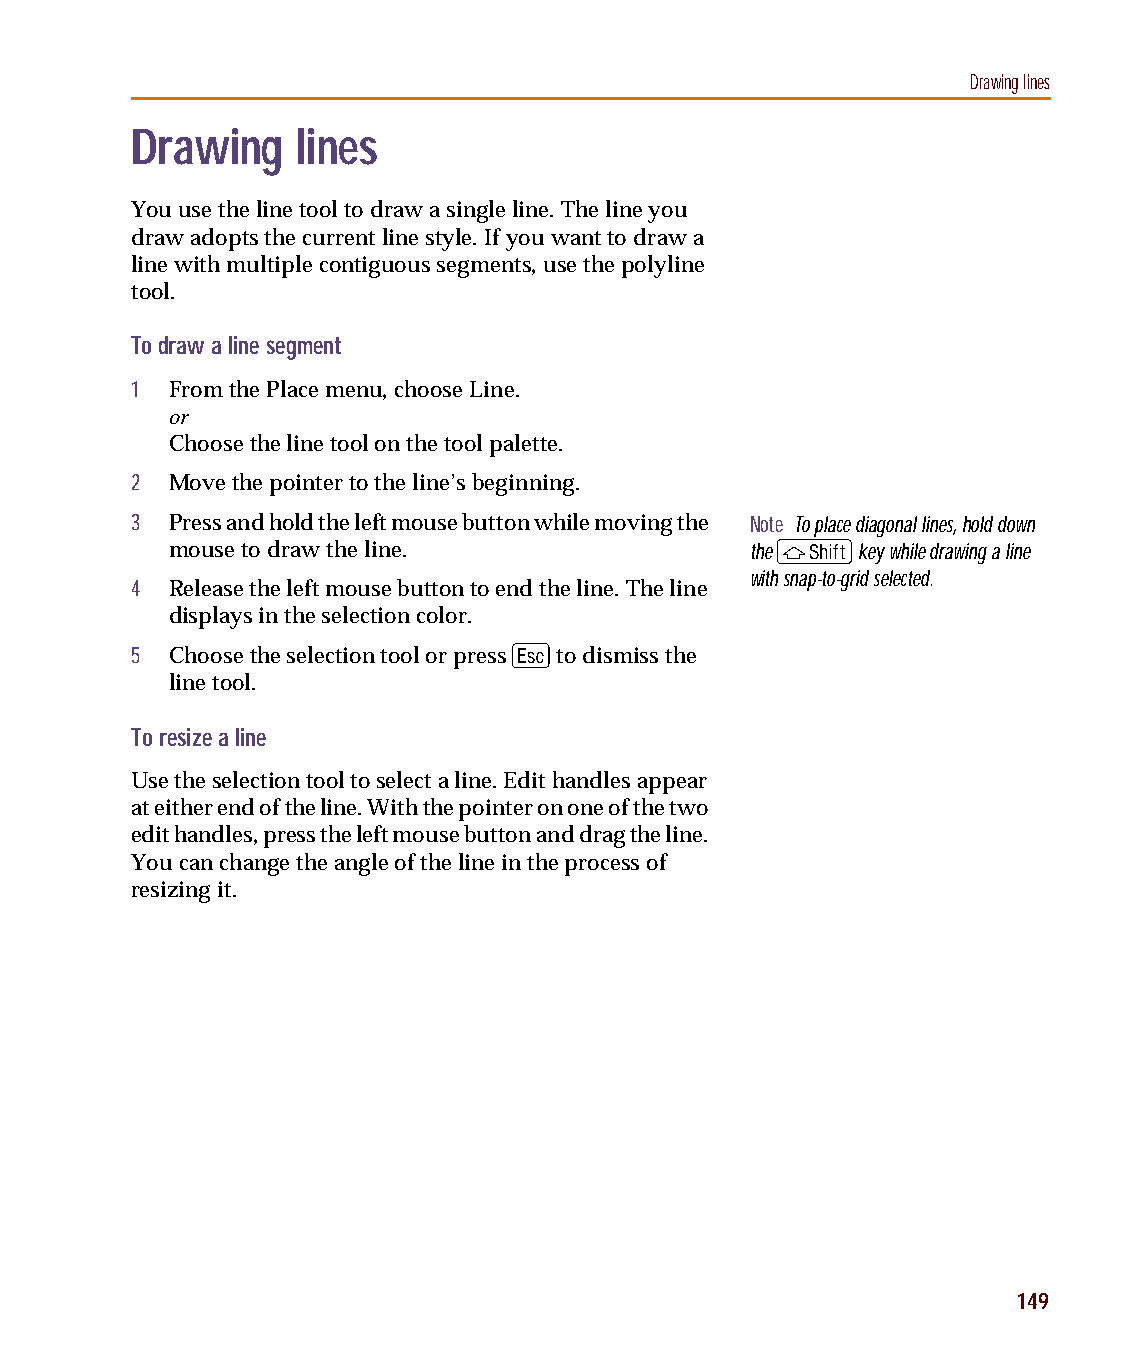
capug.book Page 149 Thursday, November 12, 1998 3:38 PM
 Drawing lines
 Drawing    lines
 You use the line tool to draw a single line. The line you
 draw adopts the current line style. If you want to draw a
 line with multiple contiguous segments, use the polyline
 tool.
 To draw a line segment
 1 From the Place menu, choose Line.
 or
 Choose the line tool on the tool palette.
 2 Move the pointer to the line’s beginning.
 3 Press and hold the left mouse button while moving the Note To place diagonal lines, hold down
 S
 mouse to draw the line.                the    key while drawing a line
 with snap-to-grid selected.
 4 Release the left mouse button to end the line. The line
 displays in the selection color.
 E
 5 Choose the selection tool or press to dismiss the
 line tool.
 To resize a line
 Use the selection tool to select a line. Edit handles appear
 at either end of the line. With the pointer on one of the two
 edit handles, press the left mouse button and drag the line.
 You can change the angle of the line in the process of
 resizing it.
 149